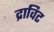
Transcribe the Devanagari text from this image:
द्राविट